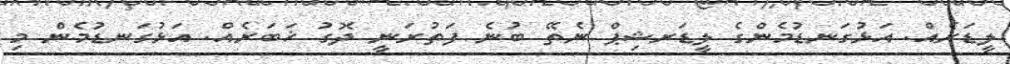
ލީޑަރެއް. އަޅުގަނޑުމެންގެ ލީޑަރޝިޕް ނެތޭ ބުނެ ފަތުރަނީ ދޮގު ޚަބަރެއް. އަޅުގަނޑުމެން މި